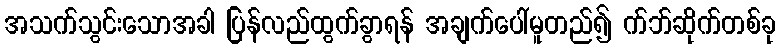
အသက်သွင်းသောအခါ ပြန်လည်ထွက်ခွာရန် အချက်ပေါ်မူတည်၍ က်ဘ်ဆိုက်တစ်ခု